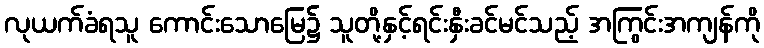
လုယက်ခံရသူ ကောင်းသောမြေ၌ သူတို့နှင့်ရင်းနှီးခင်မင်သည့် အကြွင်းအကျန်ကို